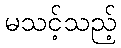
မသင့်သည့်